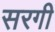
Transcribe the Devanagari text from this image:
सरगी